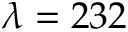
\lambda = 2 3 2